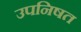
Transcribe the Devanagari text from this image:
उपनिषत